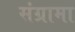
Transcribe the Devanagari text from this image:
संग्रामा